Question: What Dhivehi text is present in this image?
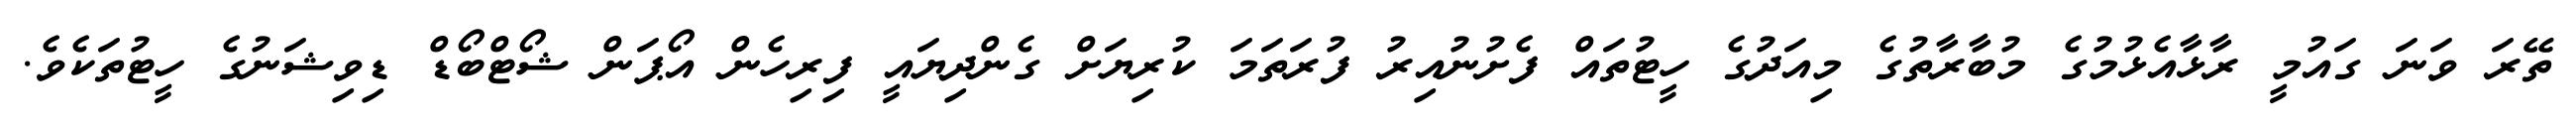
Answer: ތޭރަ ވަނަ ގައުމީ ރާޅާއެޅުމުގެ މުބާރާތުގެ މިއަދުގެ ހީޓުތައް ފެށުނުއިރު ފުރަތަމަ ކުރިޔަށް ގެންދިޔައީ ފިރިހެން އޯޕަން ޝޯޓްބޯޑް ޑިވިޝަނުގެ ހީޓުތަކެވެ.